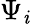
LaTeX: \Psi_{\mathit{i}}